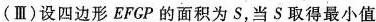
(Ⅲ)设四边形EFCP的面积为S，当S取得最小值